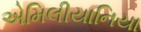
એમિલીયાનિયા